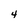
Character: 4